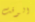
الوقت